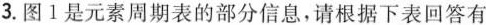
3.图1是元素周期表的部分信息，请根据下表回答有